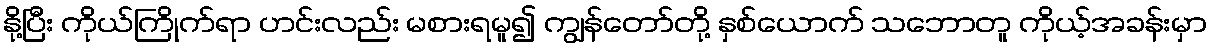
နို့ပြီး ကိုယ်ကြိုက်ရာ ဟင်းလည်း မစားရမူ၍ ကျွန်တော်တို့ နှစ်ယောက် သဘောတူ ကိုယ့်အခန်းမှာ